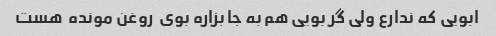
ابویی که ندارع ولی گر بویی هم به جا بزاره بوی  روغن مونده  هست